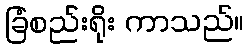
ခြံစည်းရိုး ကာသည်။